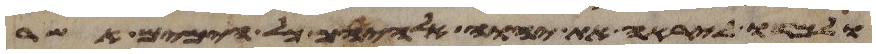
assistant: ולמדו ליראה את יהוה אלהיהם כל הימים אשר